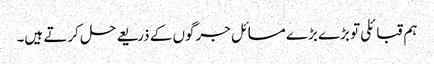
ہم قبائلی تو بڑے بڑے مسائل جرگوں کے ذریعے حل کرتے ہیں۔